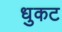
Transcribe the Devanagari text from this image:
धुकट